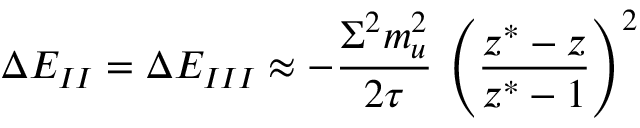
\Delta E _ { I I } = \Delta E _ { I I I } \approx - { \frac { \Sigma ^ { 2 } m _ { u } ^ { 2 } } { 2 \tau } } \, \left( { \frac { z ^ { \ast } - z } { z ^ { \ast } - 1 } } \right) ^ { 2 }